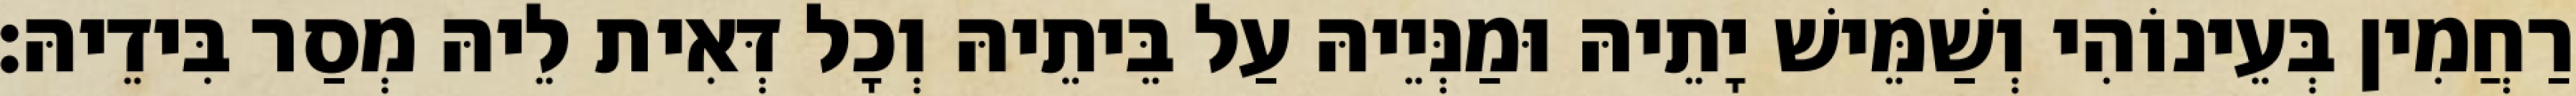
רַחֲמִין בְּעֵינוֹהִי וְשַׁמֵּישׁ יָתֵיהּ וּמַנְּיֵיהּ עַל בֵּיתֵיהּ וְכָל דְּאִית לֵיהּ מְסַר בִּידֵיהּ׃